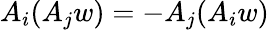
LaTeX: A_{i}(A_{j}w)=-A_{j}(A_{i}w)